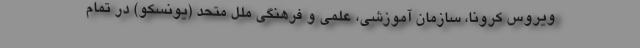
ویروس کرونا، سازمان آموزشی، علمی و فرهنگی ملل متحد (یونسکو) در تمام